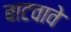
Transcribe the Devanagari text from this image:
बाटवावे